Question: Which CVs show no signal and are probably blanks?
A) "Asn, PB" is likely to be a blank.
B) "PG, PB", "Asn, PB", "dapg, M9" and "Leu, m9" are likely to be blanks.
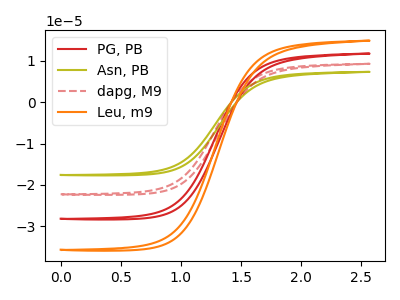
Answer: <think>The red curve "PG, PB" has no peaks. The olive curve "Asn, PB" has no peaks. The red dashed curve "dapg, M9" has no peaks. The orange curve "Leu, m9" has no peaks.</think>
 <answer>B) "PG, PB", "Asn, PB", "dapg, M9" and "Leu, m9" are likely to be blanks.</answer>
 <eval>B</eval>